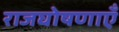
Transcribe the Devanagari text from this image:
राजघोषणाएँ